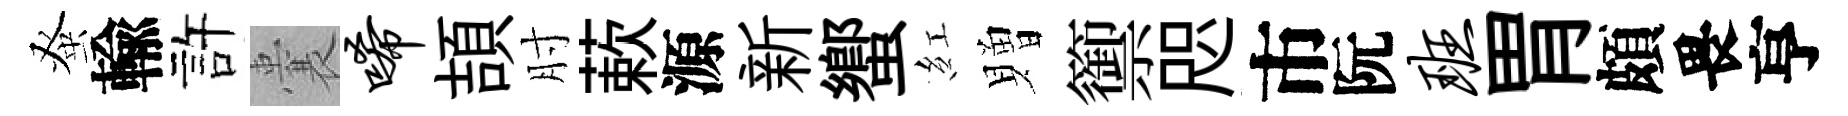
𫊫輸許囊唏頡肘蔌源新蠁紅贈籞咫市阮班胃頗畏亨